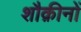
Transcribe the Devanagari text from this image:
शौक़ीनों